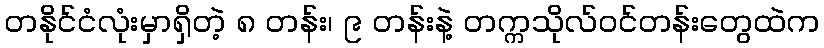
တနိုင်ငံလုံးမှာရှိတဲ့ ၈ တန်း၊ ၉ တန်းနဲ့ တက္ကသိုလ်ဝင်တန်းတွေထဲက